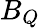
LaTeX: B_{Q}